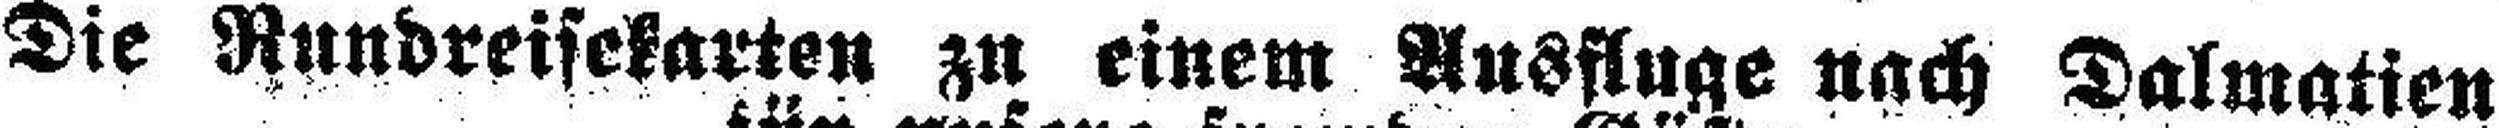
Die Rundreisekarten zu einem Ausfluge nach Dalmatien